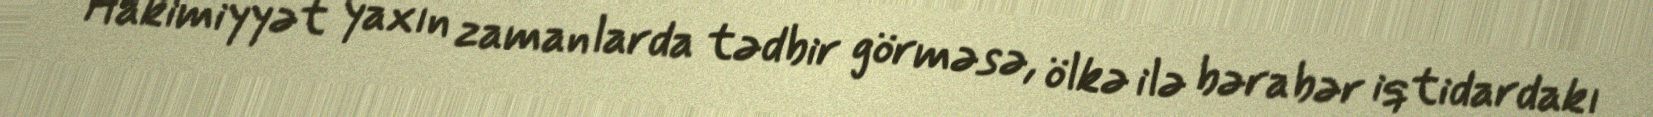
Hakimiyyət yaxın zamanlarda tədbir görməsə, ölkə ilə bərabər iqtidardakı